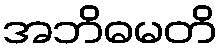
အဘိဓမတိ